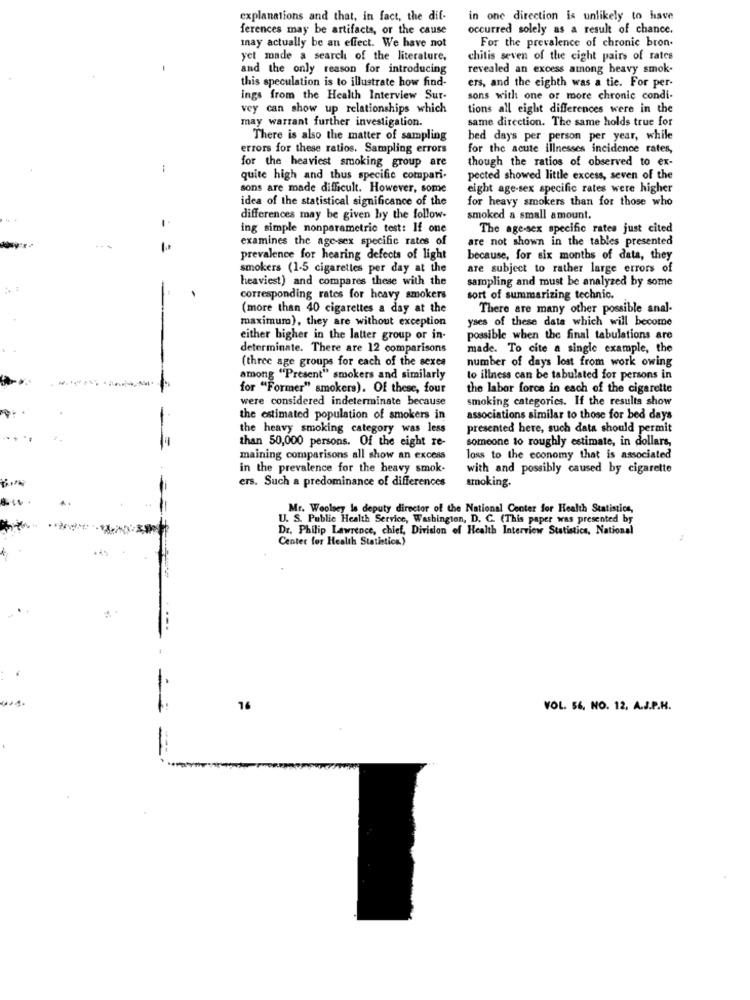
explanations and that, in fact, the dif-
in one direction is unlikely to have
ferences may be artifacts, or the cause
occurred solely as a result of chance.
For the prevalence of chronic bron.
Inay actually be an effect. We have not
yet made a search of the literature,
chitis seven of the cight pairs of rates
and the only reason for introducing
revealed an excess among heavy smok-
this speculation is to illustrate how find-
ers, and the eighth was a tie. For per-
ings from the Health Interview Sur-
sons with one or more chronic condi-
vey can show up relationships which
tions all eight differences were in the
may warrant further investigation.
same direction. The same holds true for
There is also the matter of sampling
bed days per person per year, while
errors for these ratios. Sampling errors
for the acute illnesses incidence rates,
for the heaviest smoking group are
though the ratios of observed to ex-
-
quite high and thus specific compari.
pected showed little excess, seven of the
sons are made difficult. However, some
eight age-sex specific rates were higher
idea of the statistical significance of the
for heavy smokers than for those who
differences may be given by the follow-
smoked a small amount.
ing simple nonparametric test: If one
The age-sex specific rates just cited
examines the age-sex specific rates of
are not shown in the tables presented
prevalence for hearing defects of light
because, for six months of data, they
smokers (1-5 cigarettes per day at the
are subject to rather large errors of
heaviest) and compares these with the
sampling and must be analyzed by some
corresponding rates for heavy smokers
sort of summarizing technic.
(more than 40 cigarettes a day at the
There are many other possible anal-
maximum), they are without exception
yses of these data which will become
either higher in the latter group or in-
possible when the final tabulations are
determinate. There are 12 comparisons
made. To cite a single example, the
(three age groups for each of the sexes
number of days lost from work owing
among "Present" smokers and similarly
to illness can be tabulated for persons in
for "Former" smokers). Of these, four
the labor force in each of the cigarette
were considered indeterminate because
smoking categories. If the results show
the estimated population of smokers in
associations similar to those for bed days
the heavy smoking category was less
presented here, such data should permit
than 50,000 persons. Of the eight re-
someone to roughly estimate, in dollars,
maining comparisons all show an excess
loss to the economy that is associated
in the prevalence for the heavy smok.
with and possibly caused by cigarette
ers. Such a predominance of differences
smoking.
Mr. Woolsey is deputy director of the National Center for Health Statistics,
U. S. Public Health Service, Washington, D. C. (This paper was presented by
Dr. Philip Lawrence, chief, Division of Health Interview Statistics, National
Center for Health Stathtion)
16
VOL. 56. NO. 12. A.J.P.H.